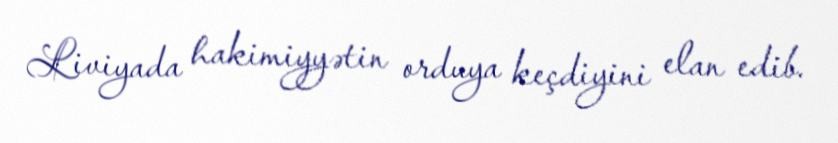
Liviyada hakimiyyətin orduya keçdiyini elan edib.